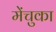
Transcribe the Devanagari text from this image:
मेंचुका